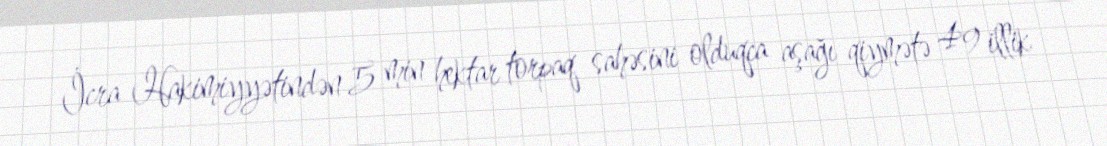
İcra Hakimiyyətindən 5 min hektar torpaq sahəsini olduqca aşağı qiymətə 49 illik